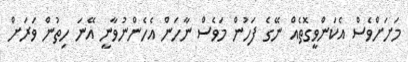
މަށަށްވެސް އެކަންވީގޮތެއް ނޭގެ ފަހުން މަވެސް ނާހަން އެހެންނުވާނީ އޭނަ ހިތުން ވަރަށް